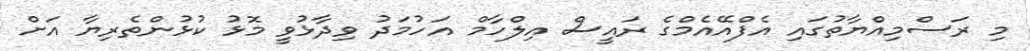
މި ރަސްމިއްޔާތުގައި އެފްއޭއެމްގެ ރައީސް އިލްހާމް އަހުމަދު ވިދާޅުވީ މޮޅު ކުޅުންތެރިޔާ އަށް